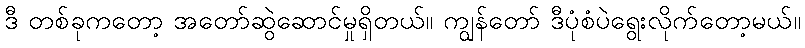
ဒီ တစ်ခုကတော့ အတော်ဆွဲဆောင်မှုရှိတယ်။ ကျွန်တော် ဒီပုံစံပဲရွေးလိုက်တော့မယ်။